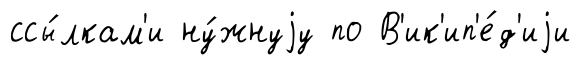
ссы́лкам'и ну́жнуjу по В'ик'ип'е́д'иjи